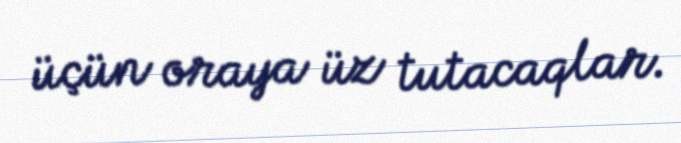
üçün oraya üz tutacaqlar.